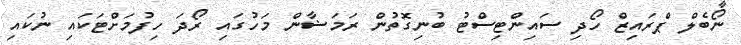
ނޯބެލް ޕްރައިޒް ހޯދި ސައިންޓިސްޓު ބުނިގޮތުުން ރަމަޟާން މަހުގައި ރޯދަ ހިފުމަށްޓަކައި ނުކައި